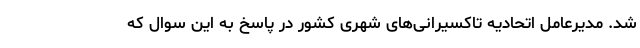
شد. مدیرعامل اتحادیه تاکسیرانی‌های شهری کشور در پاسخ به این سوال که